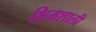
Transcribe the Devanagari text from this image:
शिमशाली